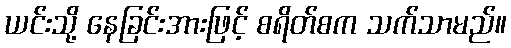
ယင်းသို့ နေခြင်းအားဖြင့် စရိတ်စက သက်သာမည်။